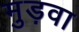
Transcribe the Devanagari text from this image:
मुड़वा